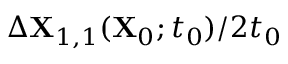
\Delta \mathbf { X } _ { 1 , 1 } ( \mathbf { X } _ { 0 } ; t _ { 0 } ) / 2 t _ { 0 }